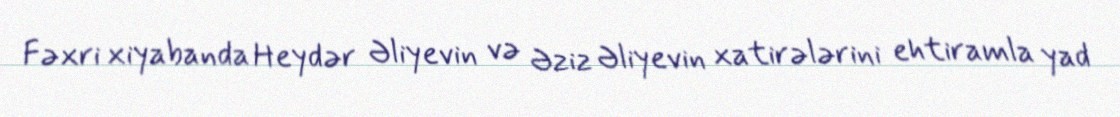
Fəxri xiyabanda Heydər Əliyevin və Əziz Əliyevin xatirələrini ehtiramla yad